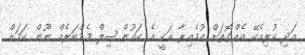
އަދި ކުރިއެކޭ އެއްގޮތަށް އުމެއިރާ އަކީ އެ ކައުންސިލް މެމްބަރެއް ނޫން ކަމަށް